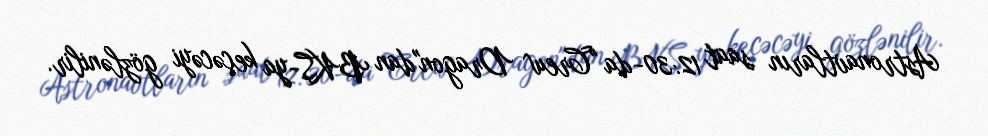
Astronavtların saat 12:30-da "Crew Dragon"dan BKS-ya keçəcəyi gözlənilir.